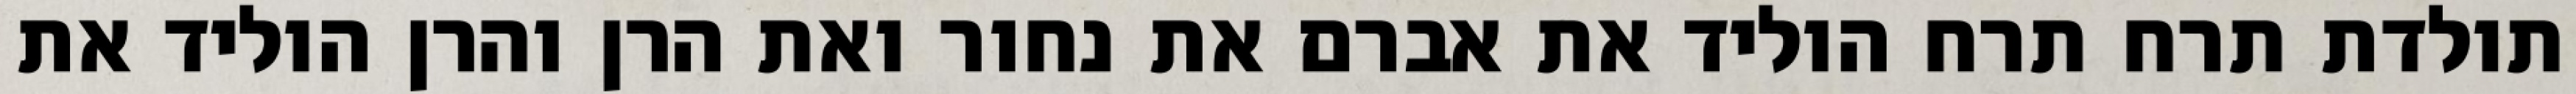
תולדת תרח תרח הוליד את אברם את נחור ואת הרן והרן הוליד את